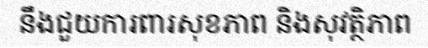
នឹងជួយការពារសុខភាព និងសុវត្ថិភាព